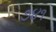
૭૪૧